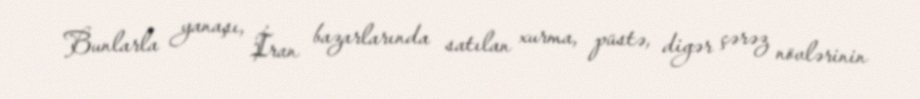
Bunlarla yanaşı, İran bazarlarında satılan xurma, püstə, digər çərəz növlərinin